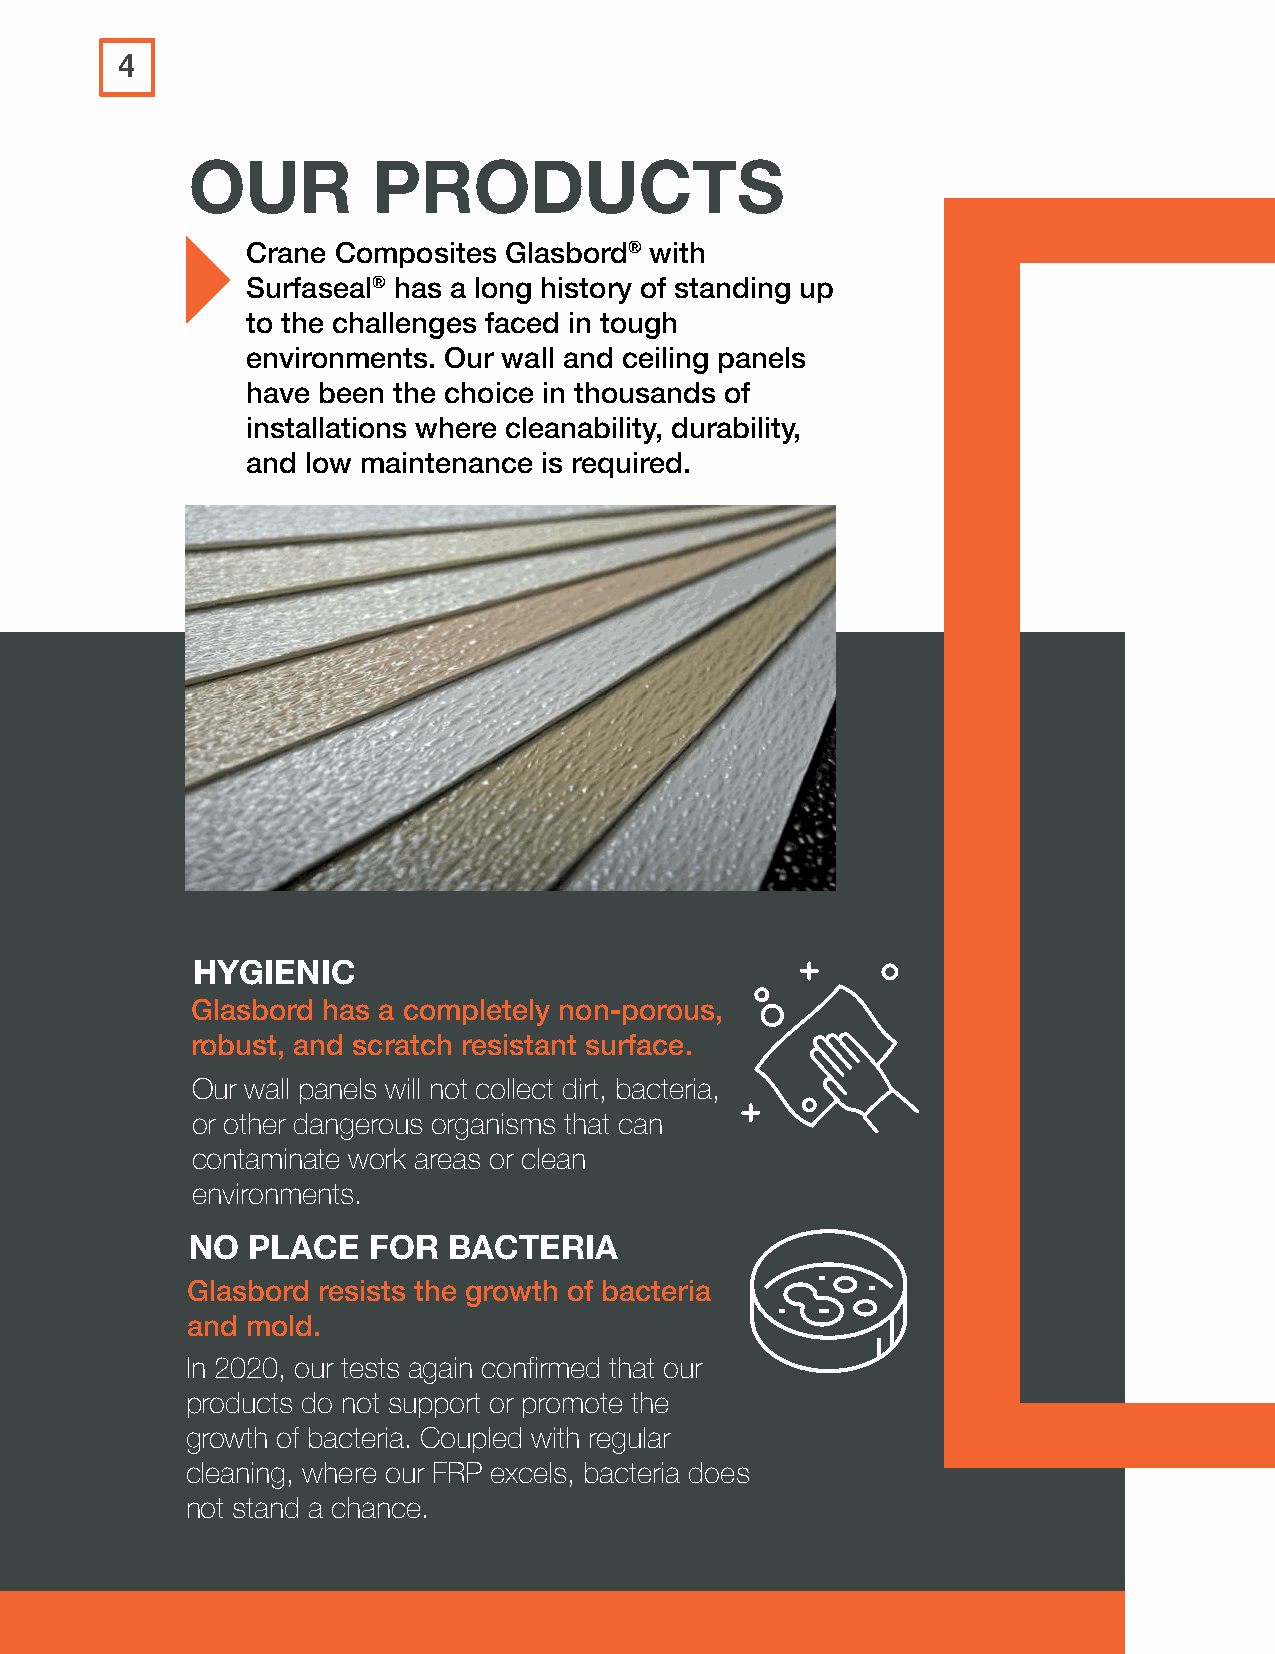
4
 OUR          PRODUCTS
 Crane Composites Glasbord® with
 Surfaseal® has a long history of standing up
 to the challenges faced in tough
 environments. Our wall and ceiling panels
 have been the choice in thousands of
 installations where cleanability, durability,
 and low maintenance is required.
 HYGIENIC
 Glasbord has a completely non-porous,
 robust, and scratch resistant surface.
 Our wall panels will not collect dirt, bacteria,
 or other dangerous organisms that can
 contaminate work areas or clean
 environments.
 NO  PLACE   FOR   BACTERIA
 Glasbord resists the growth of bacteria
 and mold.
 In 2020, our tests again confirmed that our
 products do not support or promote the
 growth of bacteria. Coupled with regular
 cleaning, where our FRP excels, bacteria does
 not stand a chance.